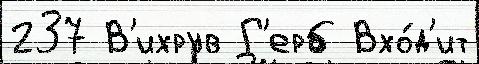
237 В'ихрув Г'ерб Вхо́д'ит